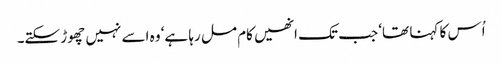
اُس کا کہنا تھا‘ جب تک انھیں کام مل رہا ہے‘ وہ اسے نہیں چھوڑ سکتے۔